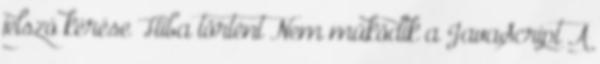
jelszó kérése Hiba történt Nem működik a JavaScript A